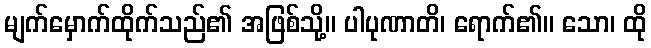
မျက်မှောက်ထိုက်သည်၏ အဖြစ်သို့။ ပါပုဏာတိ၊ ရောက်၏။ သော၊ ထို